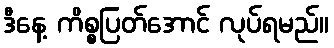
ဒီနေ့ ကိစ္စပြတ်အောင် လုပ်ရမည်။